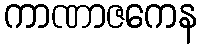
ကာဏာဇကေန